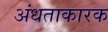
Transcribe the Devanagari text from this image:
अंधताकारक